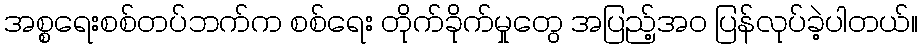
အစ္စရေးစစ်တပ်ဘက်က စစ်ရေး တိုက်ခိုက်မှုတွေ အပြည့်အဝ ပြန်လုပ်ခဲ့ပါတယ်။